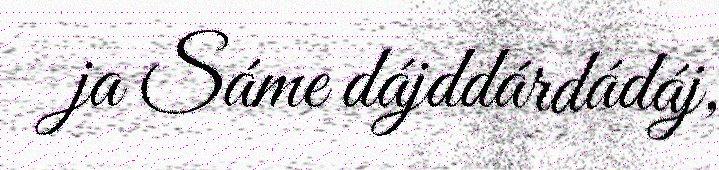
ja Sáme dájddárdádáj,